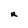
Character: R